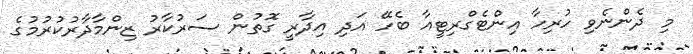
މި ދެންނެވި ހުރިހާ އިންޓެގްރިޓީއާ ބެހޭ އަދި އިދާރީ ގޮތުން ސަރުކާރު ޒިންމާދާރުކުރުމުގެ